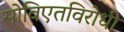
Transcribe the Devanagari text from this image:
सोविएतविरोधी